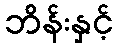
ဘိန်းနှင့်